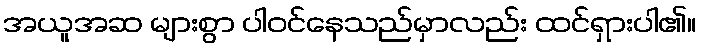
အယူအဆ များစွာ ပါဝင်နေသည်မှာလည်း ထင်ရှားပါ၏။